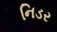
નિડર